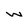
Character: w